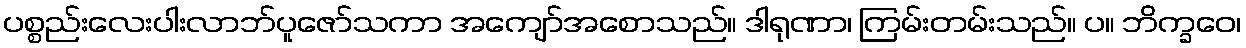
ပစ္စည်းလေးပါးလာဘ်ပူဇော်သကာ အကျော်အစောသည်။ ဒါရုဏာ၊ ကြမ်းတမ်းသည်။ ပ။ ဘိက္ခဝေ၊